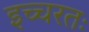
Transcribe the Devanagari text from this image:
इच्चरतः